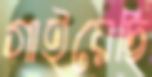
গাইয়েছি